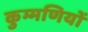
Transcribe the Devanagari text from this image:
कुम्मणियों